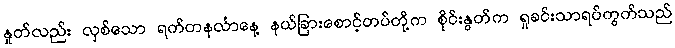
နှုတ်လည်း လှစ်သော ရက်တနင်္လာနေ့ နယ်ခြားစောင့်တပ်တို့က စိုင်းနွတ်က ရှုခင်းသာရပ်ကွက်သည်